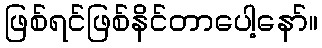
ဖြစ်ရင်ဖြစ်နိင်တာပေါ့နော်။